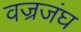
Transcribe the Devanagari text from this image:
वज्रजंघ